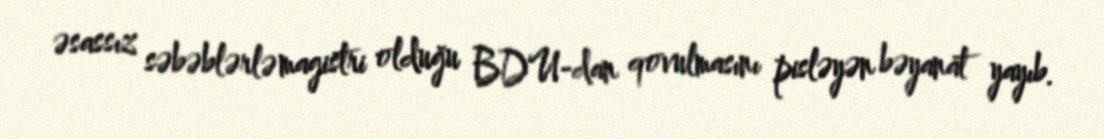
əsassız səbəblərlə magistri olduğu BDU-dan qovulmasını pisləyən bəyanat yayıb.